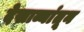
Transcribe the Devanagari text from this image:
देखाव्यांतून